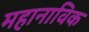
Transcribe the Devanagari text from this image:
महानाविक